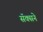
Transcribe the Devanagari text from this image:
सॅक्सने